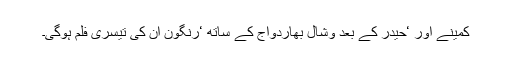
کمینے اور ‘حیدر کے بعد وشال بھاردواج کے ساتھ ‘رنگون ان کی تیسری فلم ہوگی۔